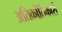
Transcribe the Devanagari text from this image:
अतिक्रांतिकारी